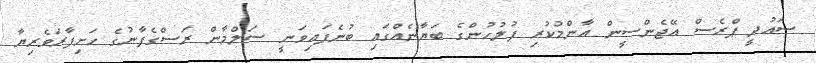
ސައުދީ ޕްރެސް އޭޖެންސީން އާންމުކުރި ފުލުހުންގެ ބަޔާނެއްގައި ބުނެފައިވަނީ ސަލްމާން ރަސްގެފާނުގެ ހަށިފާރަވެރިޔާ